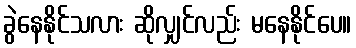
ခွဲနေနိုင်သလား ဆိုလျှင်လည်း မနေနိုင်ပေ။